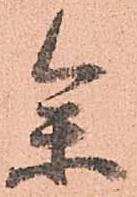
参